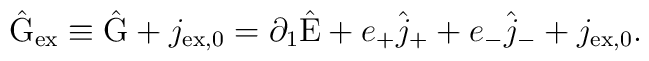
\hat{\rm G}_{\rm ex} \equiv \hat{\rm G} + j_{\rm ex,0} =\partial_1 \hat{\rm E} + e_{+} \hat{j}_{+} + e_{-} \hat{j}_{-} + j_{\rm ex,0} .